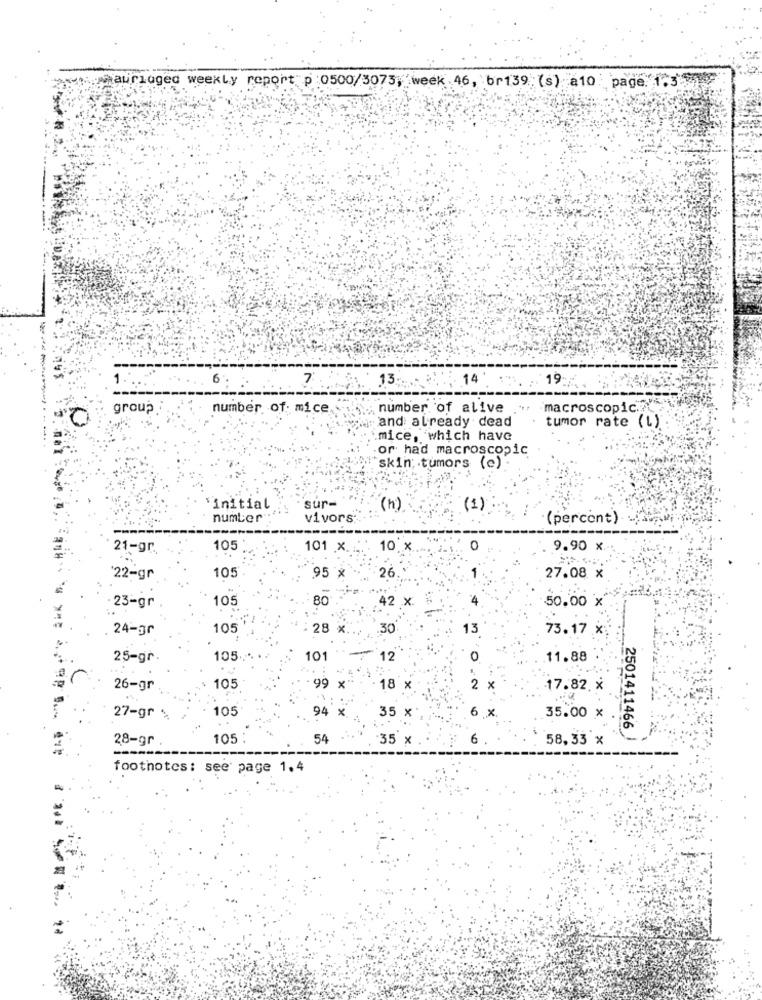
Maurluged weekly report p :0500/3073, week.46, br139 (s) a10 page 1,3
-----
1.
6
7
13
14
19
group :
number of mice
number of alive
macroscopic.
and already dead
tumor rate (L)
.mice, which have
or had macroscopic
skin; tumors (e)
sur-
initial
(h)
(1)
number
vivors:
(percont)
---
21-gr
105
101 x.
10.x
0
9.90 x.
1
22-gr
105
95 *
26
27.08 x
23-gr
105
80
42 x.
50.00 x
24-3r
105
28 x.
.30
13
73.17 x:
25-gr.
105
101
12
O
11.88
26-gr
105
99 x
18
2
17.82. x
105
94 x
35
27-gr
6 x
35.00 x
2501411466
28-gr
105 :
54
35 x
6
58,33 x
footnotes: see page 1.4